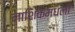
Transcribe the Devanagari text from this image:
नाशिकमधली